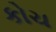
કોચ